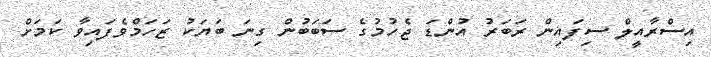
އިސްރާއީލް ސިފައިން ރަބަރު އުންޑަ ޖެހުމުގެ ސަބަބުން ގިނަ ބަޔަކު ޒަހަމްވެފައިވާ ކަމަށް